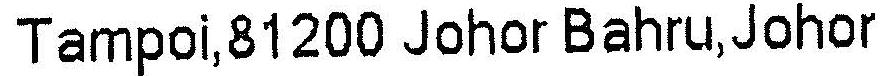
TAMPOI,81200 JOHOR BAHRU,JOHOR